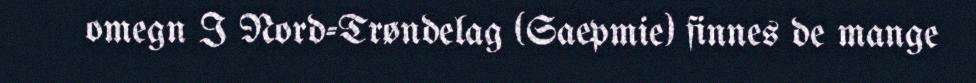
omegn I Nord-Trøndelag (Saepmie) finnes de mange